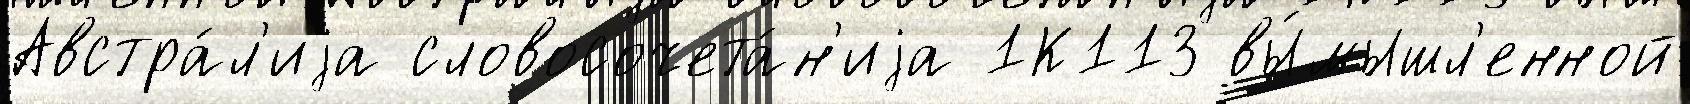
Австра́л'иjа словосочета́н'иjа 1К113 вы́мышл'енной